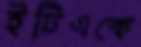
ইটিএকে